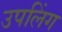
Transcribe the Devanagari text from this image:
उपलिंग